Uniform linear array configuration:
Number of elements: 48
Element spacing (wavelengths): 1
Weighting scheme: cosine
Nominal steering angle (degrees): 0
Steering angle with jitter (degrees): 0.1096
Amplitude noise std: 0.05
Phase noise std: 0.05

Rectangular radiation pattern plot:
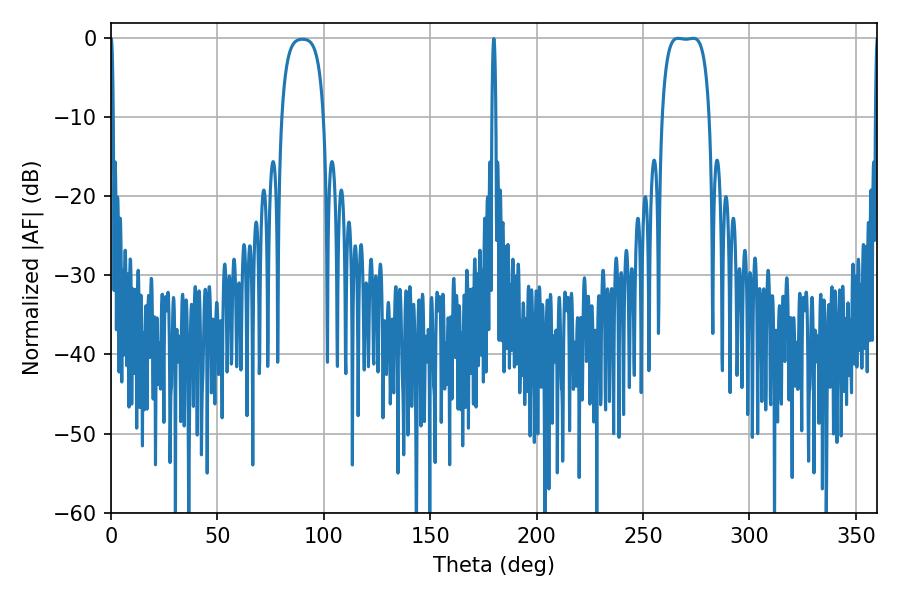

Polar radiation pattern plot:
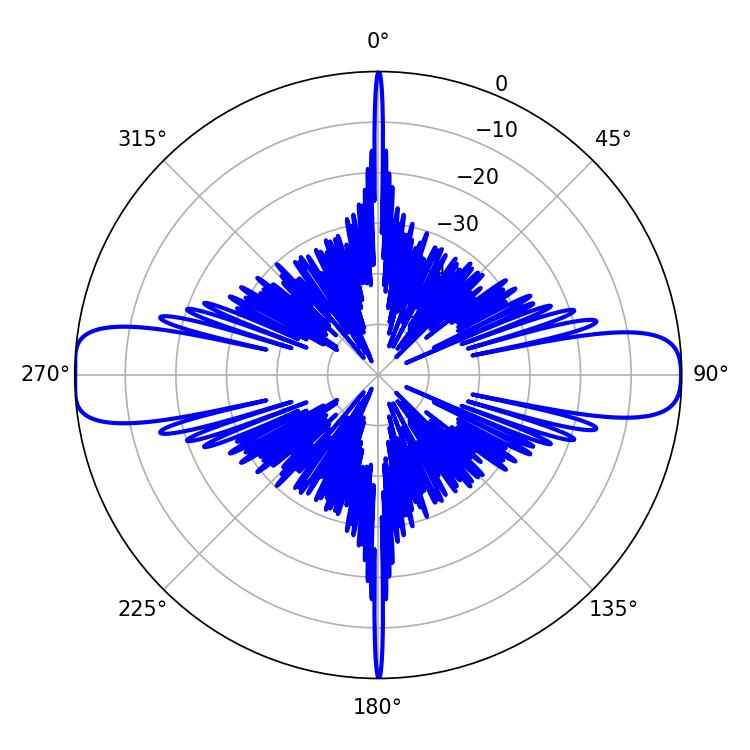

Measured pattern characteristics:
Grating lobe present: TRUE
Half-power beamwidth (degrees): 17.28
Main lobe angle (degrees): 266.4